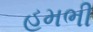
હમભી